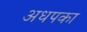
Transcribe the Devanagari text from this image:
अधपका